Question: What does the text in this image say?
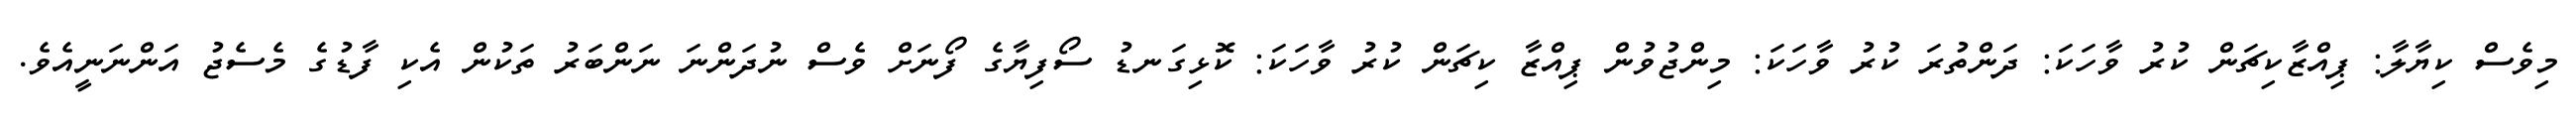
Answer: މިވެސް ކިޔާލާ: ޕިއްޒާކިޗަން ކުރު ވާހަކަ: ދަންތުރަ ކުރު ވާހަކަ: މިންޖުވުން ޕިއްޒާ ކިޗަން ކުރު ވާހަކަ: ކޮޅިގަނޑު ސޯފިޔާގެ ފޯނަށް ވެސް ނުދަންނަ ނަންބަރު ތަކުން އެކި ފާޑުގެ މެސެޖު އަންނަނީއެވެ.